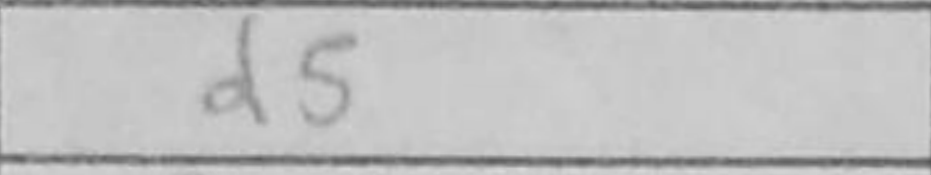
Transcription: d5